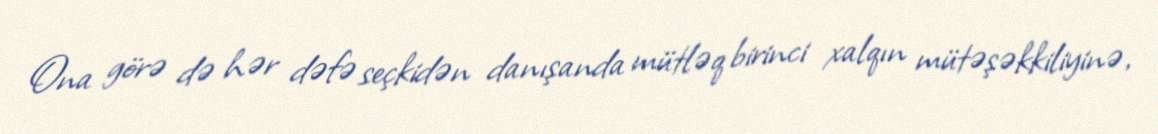
Ona görə də hər dəfə seçkidən danışanda mütləq birinci xalqın mütəşəkkiliyinə,